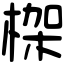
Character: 𣕧